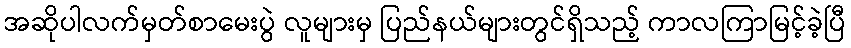
အဆိုပါလက်မှတ်စာမေးပွဲ လူများမှ ပြည်နယ်များတွင်ရှိသည့် ကာလကြာမြင့်ခဲ့ပြီ